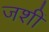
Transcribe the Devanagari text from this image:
जशीं